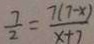
\frac { 7 } { 2 } = \frac { 7 ( 7 - x ) } { x + 7 }